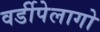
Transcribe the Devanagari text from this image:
वर्डीपेलागो